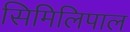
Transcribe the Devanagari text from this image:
सिमिलिपाल